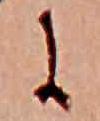
に